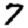
Digit: 7